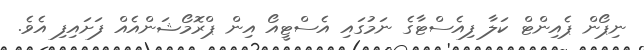
ނިޕޯން ޕެއިންޓް ކަލާ ފިއެސްޓާގެ ނަމުގައި އެސްޓީއޯ އިން ޕްރޮމޯޝަންއެއް ފަށައިފި އެވެ.